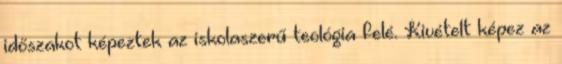
időszakot képeztek az iskolaszerű teológia felé. Kivételt képez az